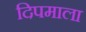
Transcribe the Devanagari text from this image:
दिपमाला